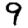
Digit: 9